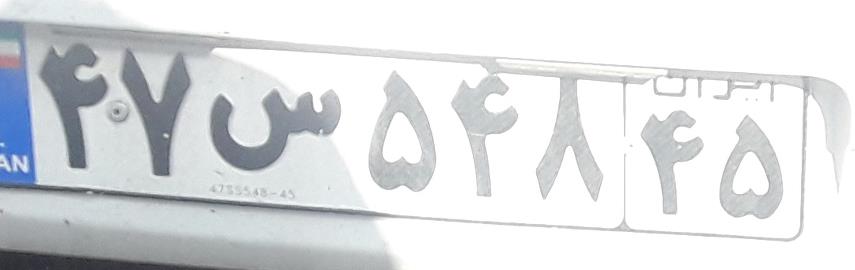
۴۷س۵۴۸۴۵